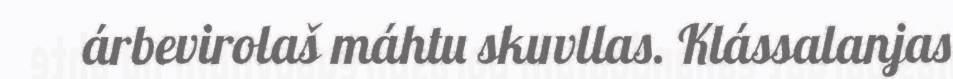
árbevirolaš máhtu skuvllas. Klássalanjas